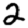
Digit: 2